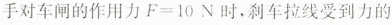
手对车闸的作用力F=10N时，刹车拉线受到力的